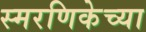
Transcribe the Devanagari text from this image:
स्मरणिकेच्या